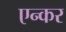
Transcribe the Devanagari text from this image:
एन्कर